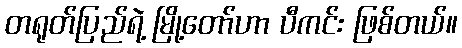
တရုတ်ပြည်ရဲ့ မြို့တော်ဟာ ပီကင်း ဖြစ်တယ်။